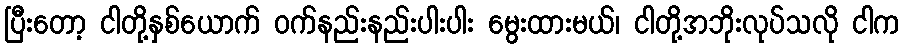
ပြီးတော့ ငါတို့နှစ်ယောက် ဝက်နည်းနည်းပါးပါး မွေးထားမယ်၊ ငါတို့အဘိုးလုပ်သလို ငါက